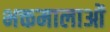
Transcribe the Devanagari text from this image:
भक्तमालाओं